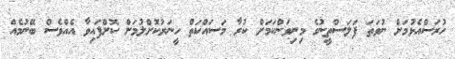
ހުރަސްއެޅުމަށް ނުވަތަ ފަލަސްތީނުގެ މިނިވަންކަމަށް ކުރާ މަސައްކަތް ހީނަރުކޮށްލުމަށް ކޮށްފައިވާ އެއްވެސް ބޭނުމެއް